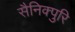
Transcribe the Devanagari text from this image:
सैनिक्पुरि